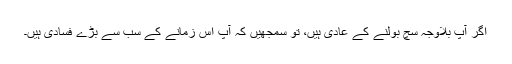
اگر آپ بلاوجہ سچ بولنے کے عادی ہیں، تو سمجھیں کہ آپ اس زمانے کے سب سے بڑے فسادی ہیں۔